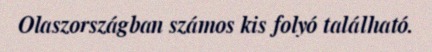
Olaszországban számos kis folyó található.